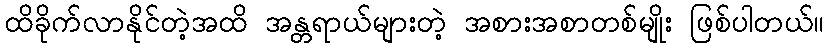
ထိခိုက်လာနိုင်တဲ့အထိ အန္တရာယ်များတဲ့ အစားအစာတစ်မျိုး ဖြစ်ပါတယ်။